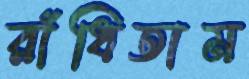
রাঁধিতাম